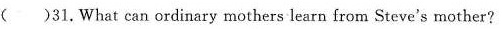
( )31.What can ordinary mothers learn from Steve's mother?